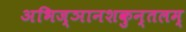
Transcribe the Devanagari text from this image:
अभिज्ञानशकुन्तलम्